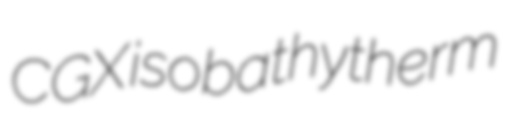
CGX isobathytherm